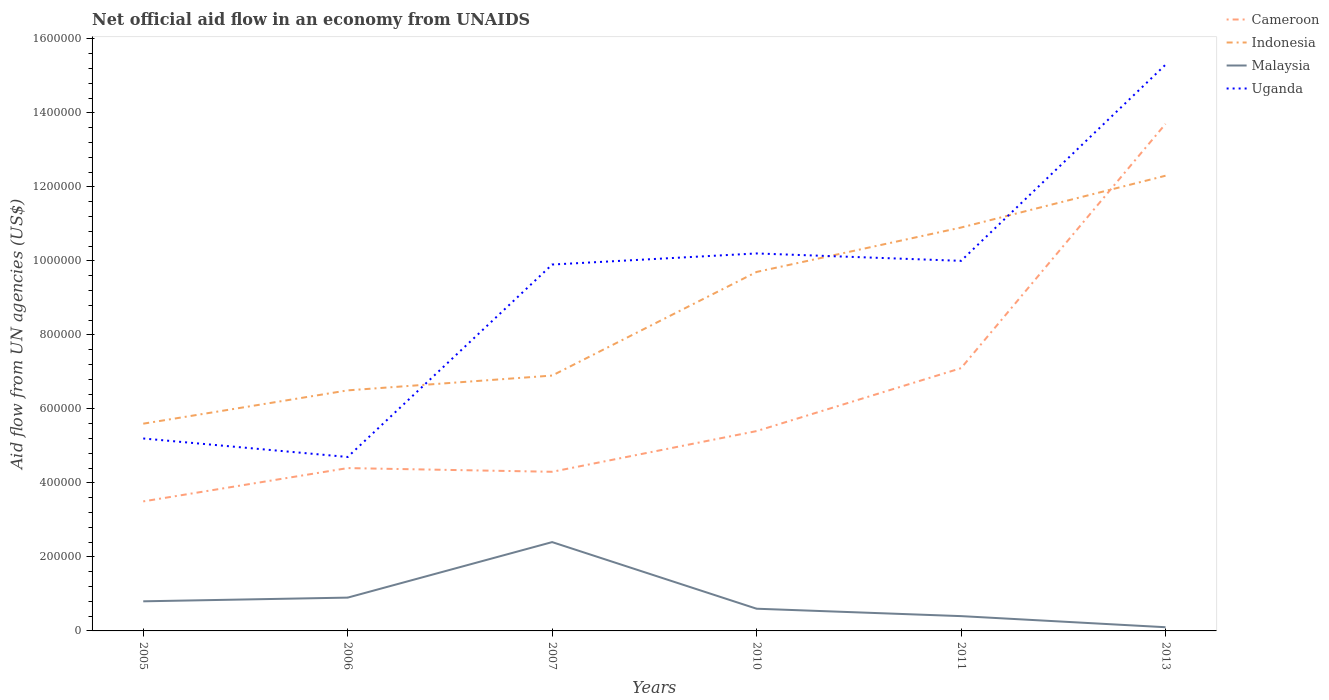
| Years | Cameroon | Indonesia | Malaysia | Uganda |
 | --- | --- | --- | --- | --- |
 | 2005 | 3.5e+05 | 5.6e+05 | 8e+04 | 5.2e+05 |
 | 2006 | 4.4e+05 | 6.5e+05 | 9e+04 | 4.7e+05 |
 | 2007 | 4.3e+05 | 6.9e+05 | 2.4e+05 | 9.9e+05 |
 | 2010 | 5.4e+05 | 9.7e+05 | 6e+04 | 1.02e+06 |
 | 2011 | 7.1e+05 | 1.09e+06 | 4e+04 | 1e+06 |
 | 2013 | 1.37e+06 | 1.23e+06 | 1e+04 | 1.53e+06 |